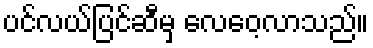
ပင်လယ်ပြင်ဆီမှ လေဝေ့လာသည်။